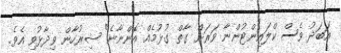
އަބަދު ވެސް ކްލައިންޓުންނާ ވަރަށް ގާތް ގުޅުމެއް އޮންނާނެ" ޝިރުހާން ވިދާޅުވި އެވެ.